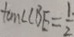
\tan \angle C B E = \frac { 1 \cdot } { 2 }